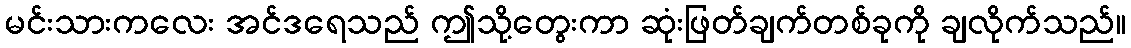
မင်းသားကလေး အင်ဒရေသည် ဤသို့တွေးကာ ဆုံးဖြတ်ချက်တစ်ခုကို ချလိုက်သည်။